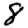
Digit: 8